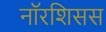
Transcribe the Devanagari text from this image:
नॉरशिसस